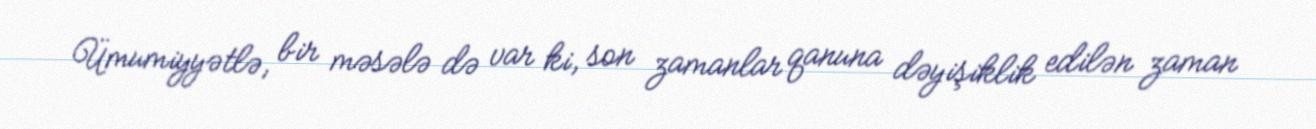
Ümumiyyətlə, bir məsələ də var ki, son zamanlar qanuna dəyişiklik edilən zaman